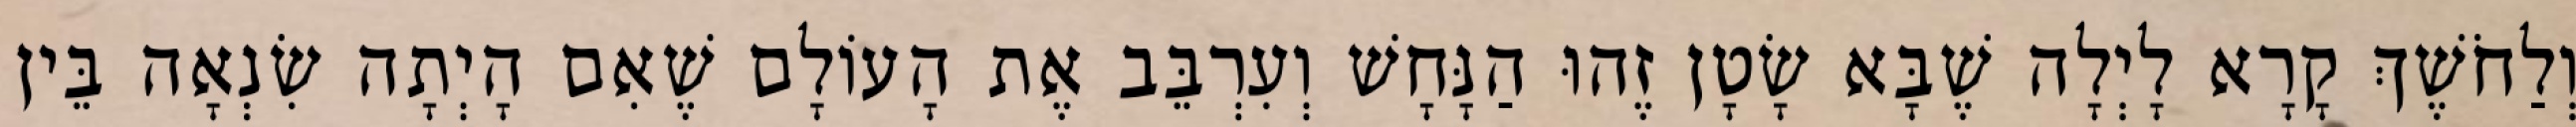
וְלַחֹשֶׁךְ קָרָא לָיְלָה שֶׁבָּא שָׂטָן זֶהוּ הַנָּחָשׁ וְעִרְבֵּב אֶת הָעוֹלָם שֶׁאִם הָיְתָה שִׂנְאָה בֵּין